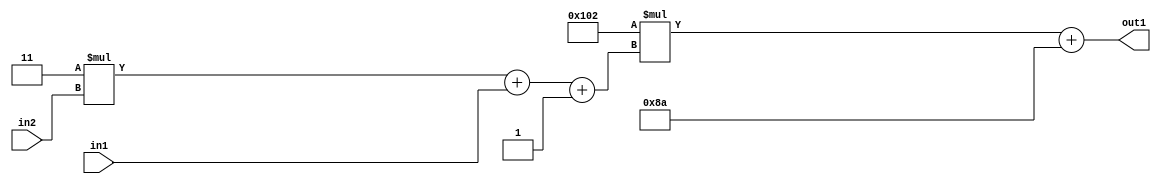
`timescale 1ps / 1ps
/*****************************************************************************
    Verilog RTL Description
    
    
    Created by: Stratus DpOpt 2019.1.01 
*******************************************************************************/

module DC_Filter_Add2i138Mul2i258Add3i1u1Mul2i3u2_1 (
	in2,
	in1,
	out1
	); /* architecture "behavioural" */ 
input [1:0] in2;
input  in1;
output [11:0] out1;
wire [11:0] asc001;
wire [3:0] asc002;

wire [3:0] asc002_tmp_0;
wire [3:0] asc002_tmp_1;
assign asc002_tmp_1 = 
	+(4'B0011 * in2);
assign asc002_tmp_0 = asc002_tmp_1
	+(in1);
assign asc002 = asc002_tmp_0
	+(4'B0001);

wire [11:0] asc001_tmp_2;
assign asc001_tmp_2 = 
	+(12'B000100000010 * asc002);
assign asc001 = asc001_tmp_2
	+(12'B000010001010);

assign out1 = asc001;
endmodule

/* CADENCE  vrP3Qg4= : u9/ySgnWtBlWxVPRXgAZ4Og= ** DO NOT EDIT THIS LINE ******/